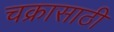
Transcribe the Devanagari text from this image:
चक्रासाठी